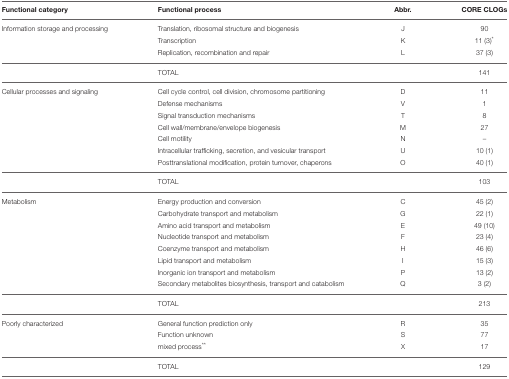
<table><thead><tr><td><b>Functional category</b></td><td><b>Functional process</b></td><td><b>Abbr.</b></td><td><b>CORE CLOGs</b></td></tr></thead><tbody><tr><td>Information storage and processing</td><td>Translation, ribosomal structure and biogenesis</td><td>J</td><td>90</td></tr><tr><td></td><td>Transcription</td><td>K</td><td>11 (3)<sup>*</sup></td></tr><tr><td></td><td>Replication, recombination and repair</td><td>L</td><td>37 (3)</td></tr><tr><td></td><td>TOTAL</td><td></td><td>141</td></tr><tr><td>Cellular processes and signaling</td><td>Cell cycle control, cell division, chromosome partitioning</td><td>D</td><td>11</td></tr><tr><td></td><td>Defense mechanisms</td><td>V</td><td>1</td></tr><tr><td></td><td>Signal transduction mechanisms</td><td>T</td><td>8</td></tr><tr><td></td><td>Cell wall/membrane/envelope biogenesis</td><td>M</td><td>27</td></tr><tr><td></td><td>Cell motility</td><td>N</td><td>–</td></tr><tr><td></td><td>Intracellular trafficking, secretion, and vesicular transport</td><td>U</td><td>10 (1)</td></tr><tr><td></td><td>Posttranslational modification, protein turnover, chaperons</td><td>O</td><td>40 (1)</td></tr><tr><td></td><td>TOTAL</td><td></td><td>103</td></tr><tr><td>Metabolism</td><td>Energy production and conversion</td><td>C</td><td>45 (2)</td></tr><tr><td></td><td>Carbohydrate transport and metabolism</td><td>G</td><td>22 (1)</td></tr><tr><td></td><td>Amino acid transport and metabolism</td><td>E</td><td>49 (10)</td></tr><tr><td></td><td>Nucleotide transport and metabolism</td><td>F</td><td>23 (4)</td></tr><tr><td></td><td>Coenzyme transport and metabolism</td><td>H</td><td>46 (6)</td></tr><tr><td></td><td>Lipid transport and metabolism</td><td>I</td><td>15 (3)</td></tr><tr><td></td><td>Inorganic ion transport and metabolism</td><td>P</td><td>13 (2)</td></tr><tr><td></td><td>Secondary metabolites biosynthesis, transport and catabolism</td><td>Q</td><td>3 (2)</td></tr><tr><td></td><td>TOTAL</td><td></td><td>213</td></tr><tr><td>Poorly characterized</td><td>General function prediction only</td><td>R</td><td>35</td></tr><tr><td></td><td>Function unknown</td><td>S</td><td>77</td></tr><tr><td></td><td>mixed process<sup>**</sup></td><td>X</td><td>17</td></tr><tr><td></td><td>TOTAL</td><td></td><td>129</td></tr></tbody></table>